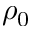
\rho _ { 0 }